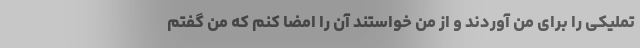
تملیکی را برای من آوردند و از من خواستند آن را امضا کنم که من گفتم